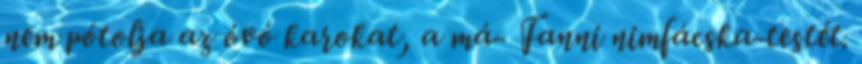
nem pótolja az óvó karokat, a má- Fanni nimfácska-testét.